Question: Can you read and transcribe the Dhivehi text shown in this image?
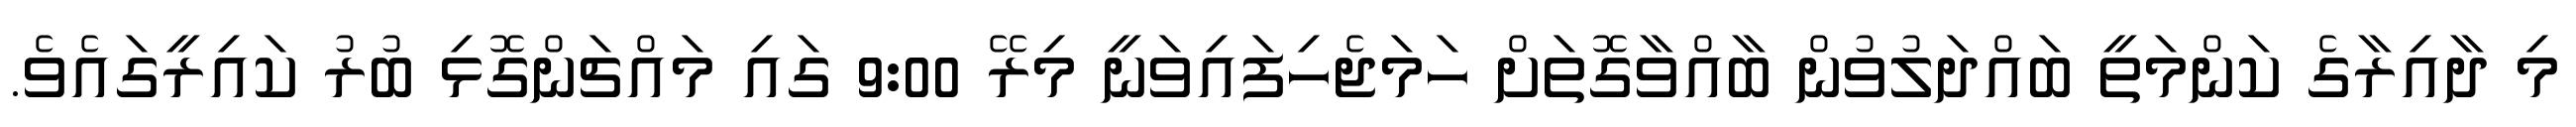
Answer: މި ދާއިރާގެ ކަންމަތީ ބައްދަލުވުން ބާއްވާގޮތަށް ހަމަޖެހިފައިވަނީ މިރޭ 9:00 ގައި މައްޗަންގޮޅި ބުރު ކައިރީގައެވެ.